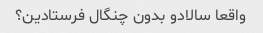
واقعا سالادو بدون چنگال فرستادین؟